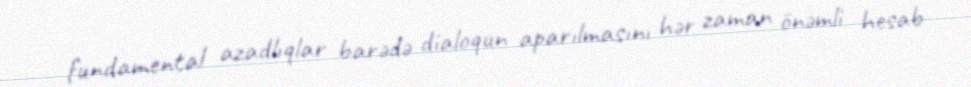
fundamental azadlıqlar barədə dialoqun aparılmasını hər zaman önəmli hesab